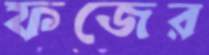
ফজের